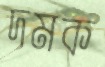
দমক